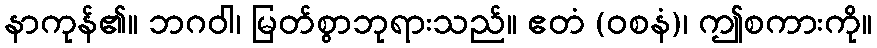
နာကုန်၏။ ဘဂဝါ၊ မြတ်စွာဘုရားသည်။ ဧတံ (ဝစနံ)၊ ဤစကားကို။